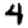
Digit: 4